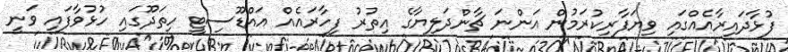
ފުޅާދައިރާއެއްގައި ވިޔަފާރިކުރަމުން އަންނަ ޗާންދަލިޔާގެ އިތުރު ފިހާރައެއް އައްޑޫސިޓީ ހިތަދޫގައި ހުޅުވާފައި ވަނީ